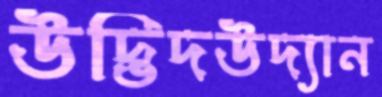
উদ্ভিদউদ্যান